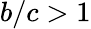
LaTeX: b/c>1